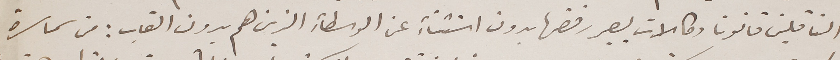
الناقلين قانون وكالات ليصير رفضها بدون استثناءِ عن الوسطاءِ الذين هم بدون القاب : من سماسرة